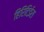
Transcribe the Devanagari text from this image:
हिरिटिईरा